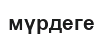
мүрдеге